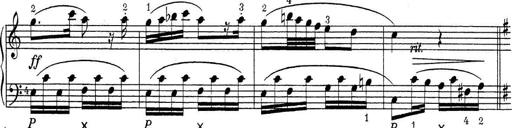
Title: ÄŒeskÃ© Sonatiny
Composer: Various